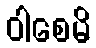
ဝါစေမိ